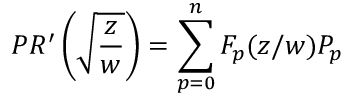
P R ^ { \prime } \left( \sqrt { \frac { z } { w } } \right) = \sum _ { p = 0 } ^ { n } F _ { p } ( z / w ) P _ { p }